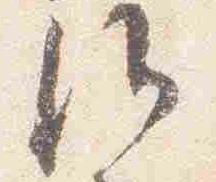
候